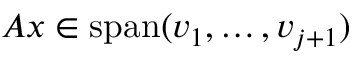
A x \in \operatorname { s p a n } ( v _ { 1 } , \dotsc , v _ { j + 1 } )